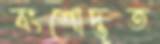
বংশোদ্ভূত